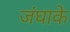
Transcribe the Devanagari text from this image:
जंघाके